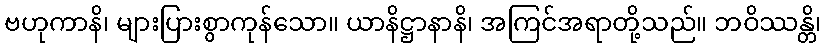
ဗဟုကာနိ၊ များပြားစွာကုန်သော။ ယာနိဋ္ဌာနာနိ၊ အကြင်အရာတို့သည်။ ဘဝိဿန္တိ၊